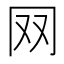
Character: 𦉳